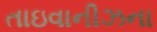
તાઇવાનીઝના